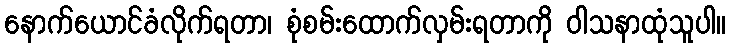
နောက်ယောင်ခံလိုက်ရတာ၊ စုံစမ်းထောက်လှမ်းရတာကို ဝါသနာထုံသူပါ။